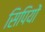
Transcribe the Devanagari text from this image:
सिपियों